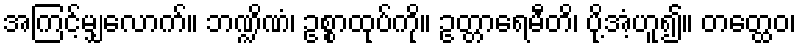
အကြင့်မျှလောက်။ ဘဏ္ဍိဏံ၊ ဥစ္စာထုပ်ကို။ ဥတ္တာရေမီတိ၊ ပို့အံ့ဟူ၍။ တတ္ထေဝ၊